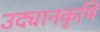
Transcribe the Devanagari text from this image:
उद्यानकृषि